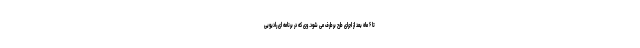
تا ۶ ماه بعد از اجرای طرح برطرف می شود. وی که در برنامه ای رادیویی